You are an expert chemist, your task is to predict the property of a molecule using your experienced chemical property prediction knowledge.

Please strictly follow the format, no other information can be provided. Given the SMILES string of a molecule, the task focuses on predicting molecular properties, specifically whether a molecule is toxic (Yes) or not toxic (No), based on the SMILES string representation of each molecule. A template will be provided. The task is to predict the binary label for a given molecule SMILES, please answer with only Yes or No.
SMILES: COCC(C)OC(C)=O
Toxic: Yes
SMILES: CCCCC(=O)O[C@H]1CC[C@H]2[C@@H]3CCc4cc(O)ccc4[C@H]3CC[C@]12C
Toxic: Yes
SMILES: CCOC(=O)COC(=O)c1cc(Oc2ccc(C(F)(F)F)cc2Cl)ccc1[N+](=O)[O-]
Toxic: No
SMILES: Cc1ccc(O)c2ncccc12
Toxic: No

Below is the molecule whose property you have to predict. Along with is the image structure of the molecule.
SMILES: COC(=O)c1cccc(C(=O)OC)c1
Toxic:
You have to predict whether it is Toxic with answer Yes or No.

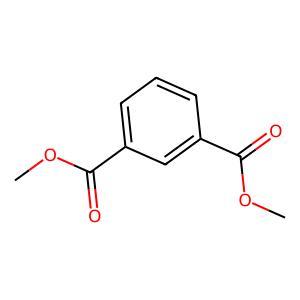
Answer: No